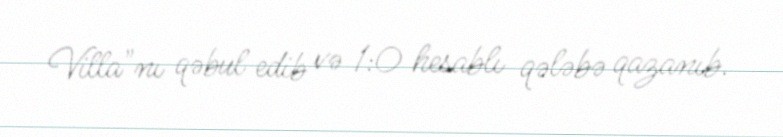
Villa"nı qəbul edib və 1:0 hesablı qələbə qazanıb.